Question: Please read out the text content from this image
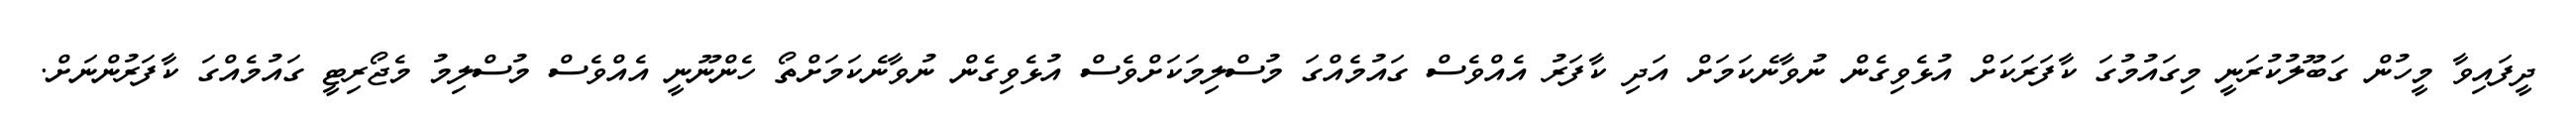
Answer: ދީފައިވާ މީހުން ގަބޫލުކުރަނީ މިގައުމުގަ ކާފަރަކަށް އުޅެވިގެން ނުވާނެކަމަށް އަދި ކާފަރު އެއްވެސް ގައުމެއްގަ މުސްލިމަކަށްވެސް އުޅެވިގެން ނުވާނެކަމަށްތޯ ހެންނޫނީ އެއްވެސް މުސްލިމު މެޖޯރިޓީ ގައުމެއްގަ ކާފަރުންނަށް.